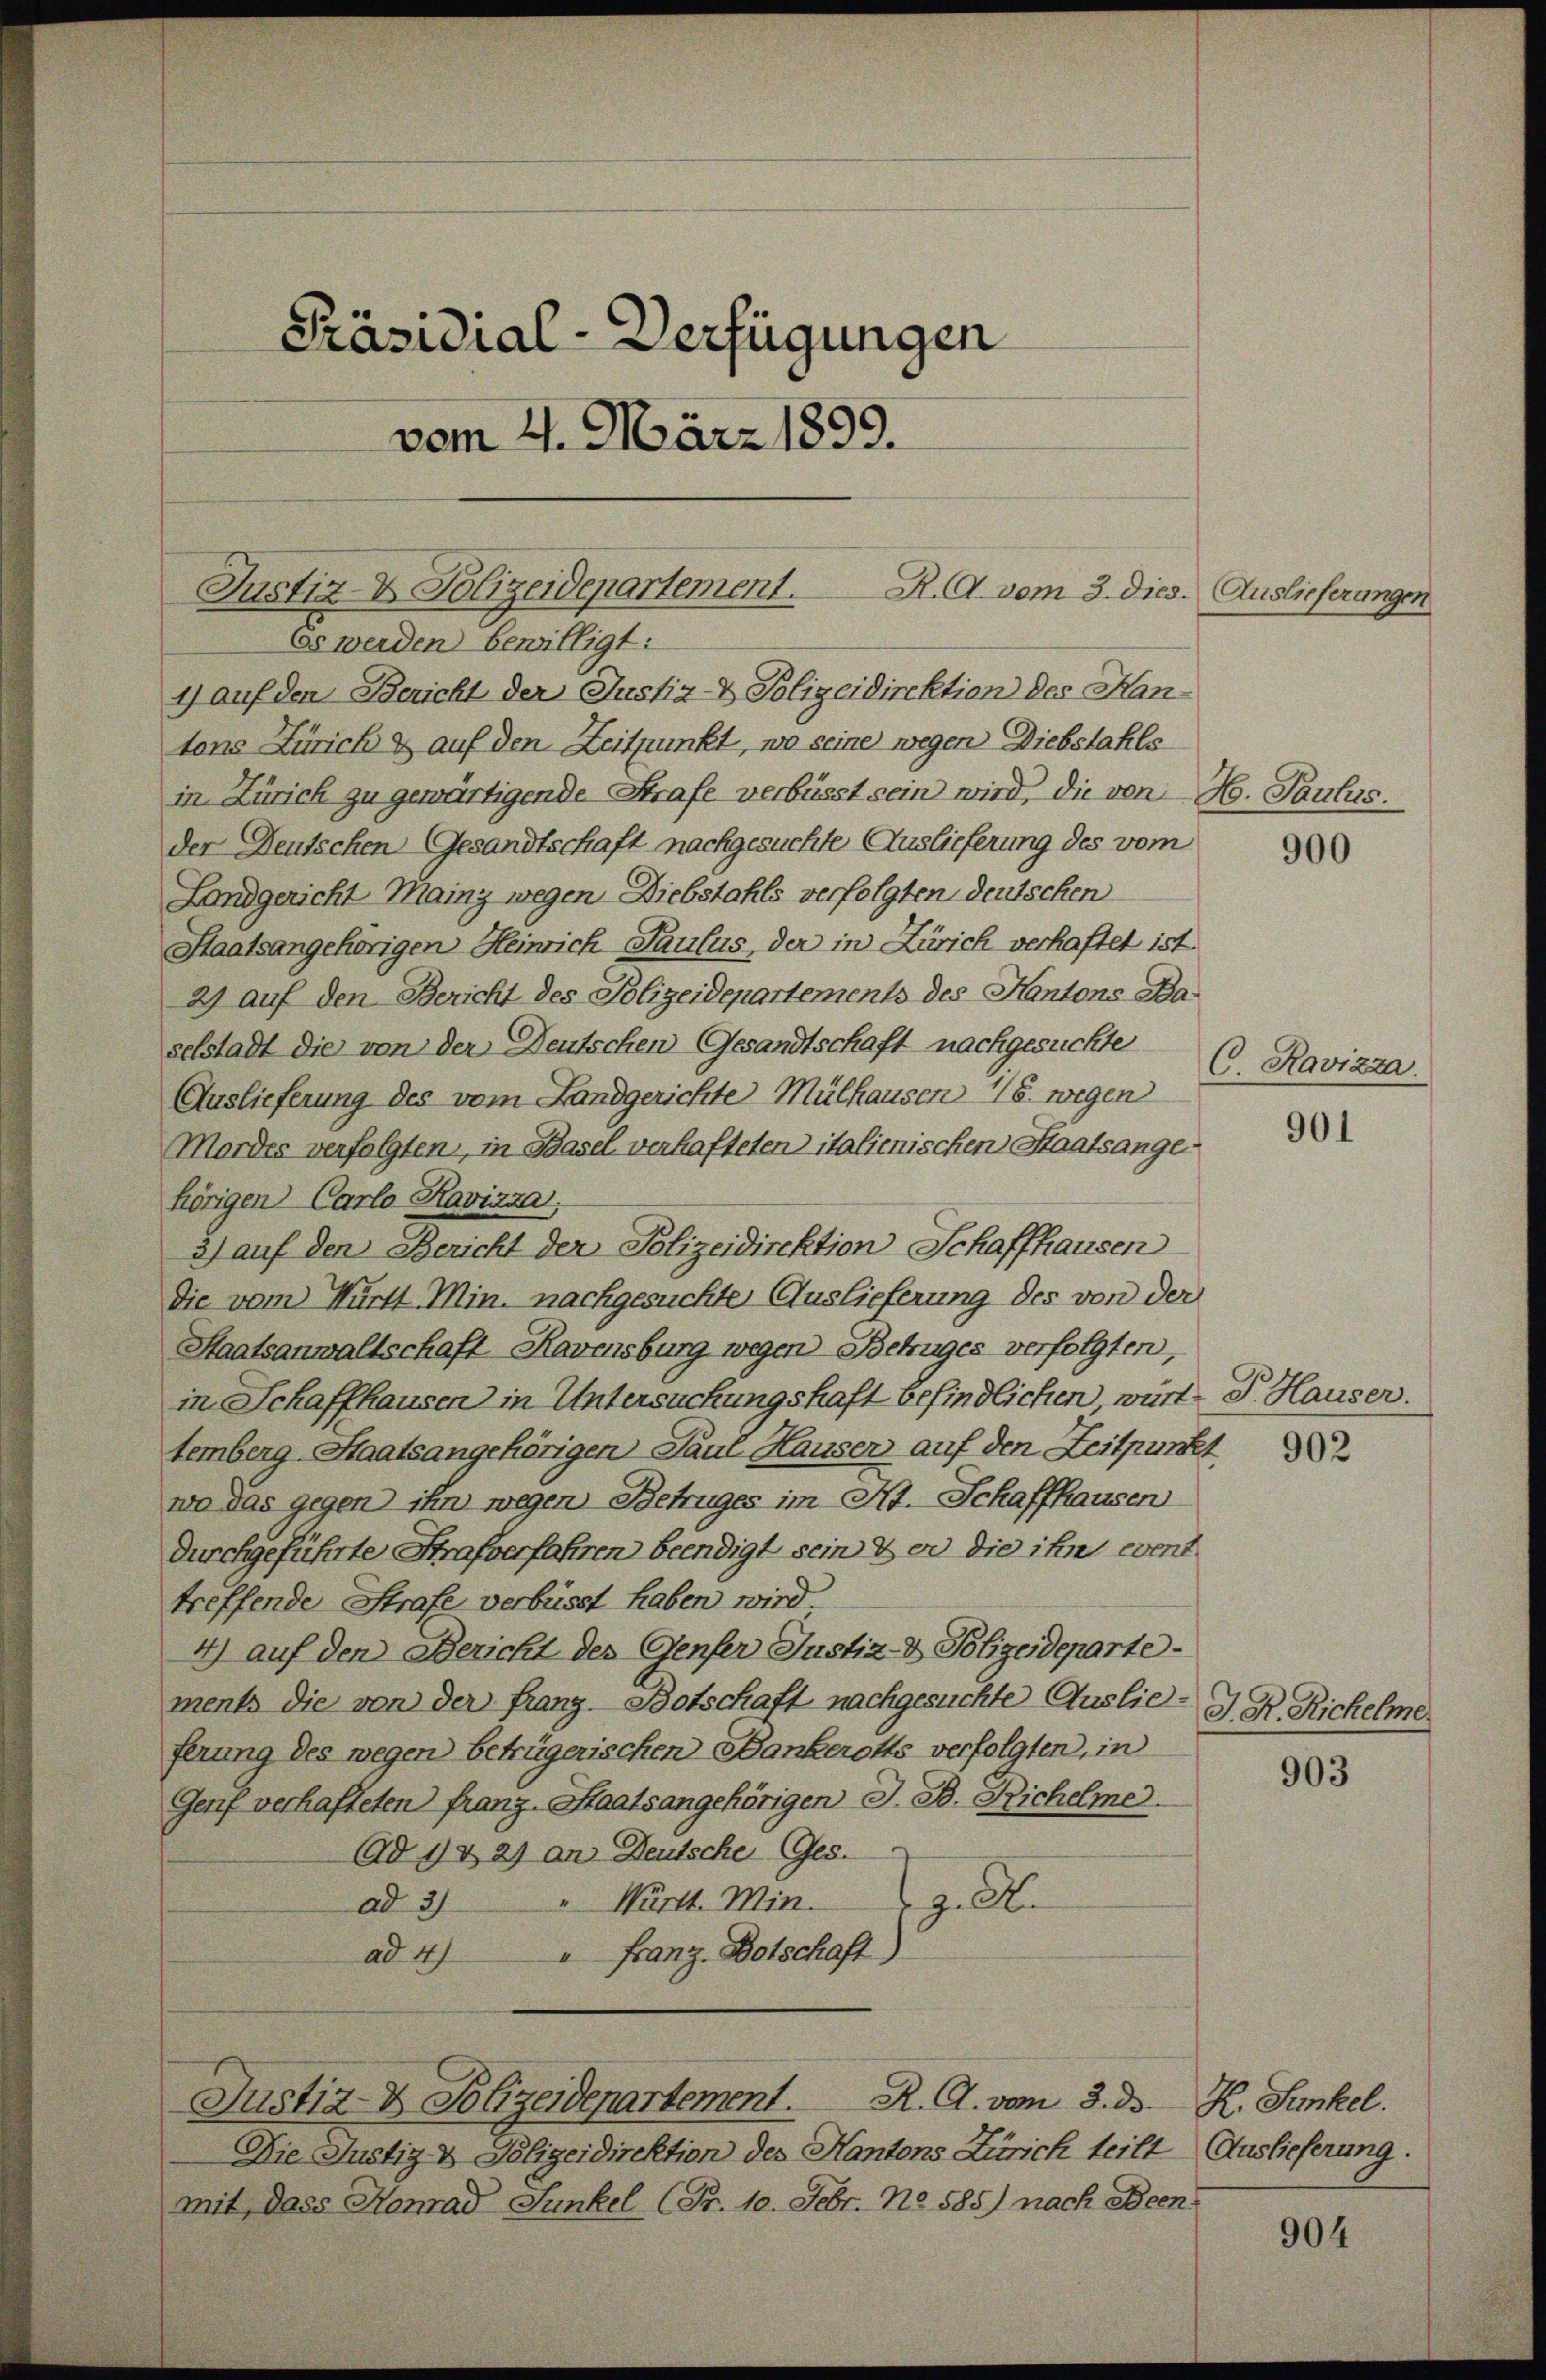
Justiz- & Polizeidepartement. R. A. vom 3. dies. Auslieferungen
Es werden bewilligt:
1) auf den Bericht der Justiz- & Polizeidirektion des Han-

Präsidial-Verfügungen
vom 4. März 1899.

tons Zürich & auf den Zeitpunkt, wo seine wegen Diebstahlsin Zürich zu gewärtigende Strafe verbüsst sein wird, die von H. Paulus.
der Deutschen Gesandtschaft nachgesuchte Auslieferung des vom
Landgericht Mainz wegen Diebstahls verfolgten deutschen
Staatsangehörigen Heinrich Paulus, der in Zürich verhaftet ist
2) auf den Bericht des Polizeidepartements des Kantons Baselstadt die von der Deutschen Gesandtschaft nachgesuchte
Auslieferung des vom Landgerichte Mülhausen 18. wegen
Mordes verfolgten, in Basel verhafteten italienischen Staatsangehörigen Carlo Kavizza,
3) auf den Bericht der Polizeidirektion Schaffhausen
die vom Württ. Min. nachgesuchte Auslieferung des von der
Staatsanwaltschaft Ravensburg wegen Betruges verfolgten,
in Schaffhausen in Untersuchungshaft befindlichen, würt G. Hauser.
temberg-Staatsangehörigen Paul Hauser auf den Zeitpunkt
wo das gegen ihn wegen Betruges im Kt. Schaffhausen
durchgeführte Strafverfahren beendigt sein der die ihn event
treffende Strafe verbüsst haben wird
4) auf den Bericht des Genfer Justiz- & Polizeideparte
ments die von der Franz-Botschaft nachgesuchte Auslie- J. R. Richelme
ferung des wegen betrügerischen Bankerotts verfolgten, in
Genf verhafteten franz-Staatsangehörigen J. B. Richelme
Ad 1 & 2) an Deutsche Ges.
z. B.
" Württ. Min.
ad 31.
ad 4) " Franz Botschaft,
Justiz- & Polizeidepartement. R. G. vom 3. ds. R. Sunkel.
Die Justiz- & Polizeidirektion des Kantons Zürich teilt Auslieferung.
mit dass Honrad Junkel (Fr. 10. Febr. No. 585) nach Been¬

900

C. Ravizza

901

903

904